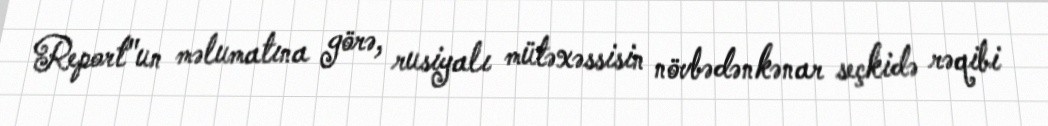
Report"un məlumatına görə, rusiyalı mütəxəssisin növbədənkənar seçkidə rəqibi